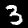
Label: 3